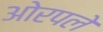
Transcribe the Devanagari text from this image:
ओरपले